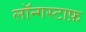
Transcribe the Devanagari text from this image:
लॉन्गस्टाफ़